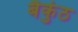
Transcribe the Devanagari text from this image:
बैकुंठ